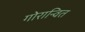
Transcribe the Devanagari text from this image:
गोरान्वित